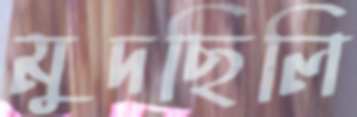
মুদছিলি